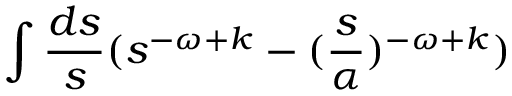
\int { \frac { d s } { s } } ( s ^ { - \omega + k } - ( { \frac { s } { \alpha } } ) ^ { - \omega + k } )